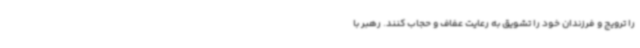
را ترویج و فرزندان خود را تشویق به رعایت عفاف و حجاب کنند. رهبر با